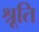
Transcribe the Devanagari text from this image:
श्रूति